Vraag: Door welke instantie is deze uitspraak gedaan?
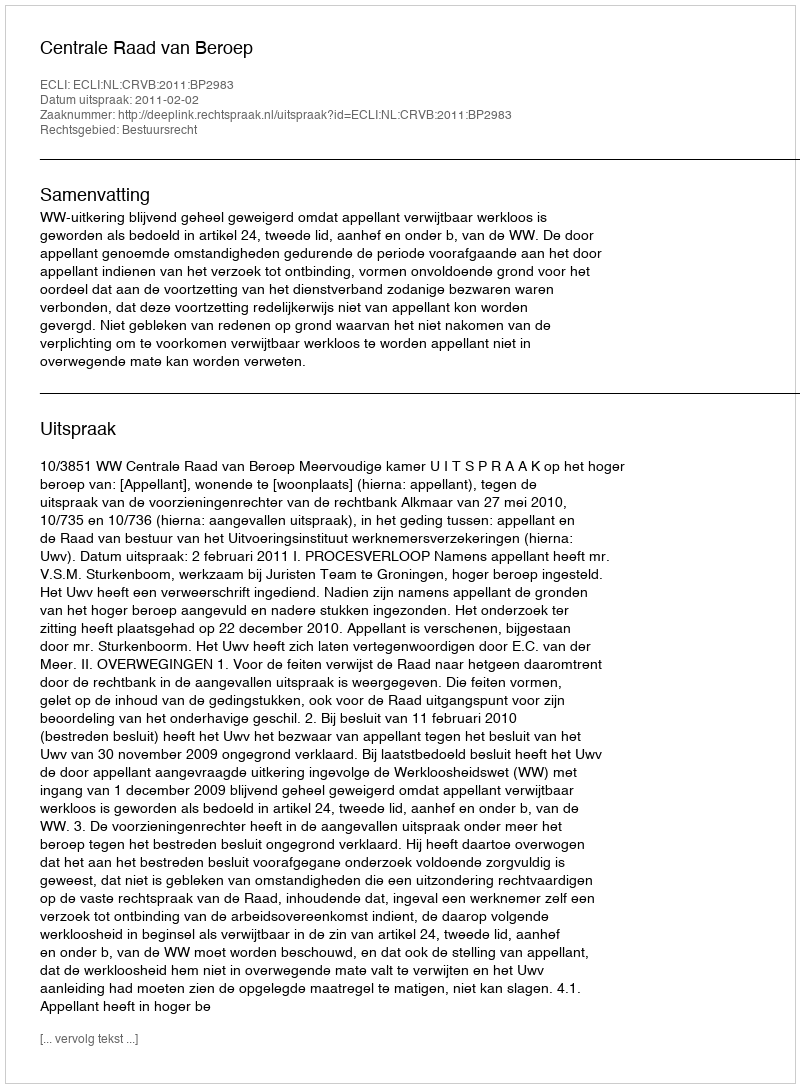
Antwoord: Centrale Raad van Beroep